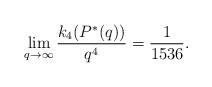
LaTeX: \begin{align*}\lim\limits_{q\to\infty}\dfrac{k_4(P^\ast(q))}{q^4}=\frac{1}{1536}.\end{align*}